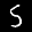
Label: 5